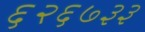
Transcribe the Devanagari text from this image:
६२६७३३